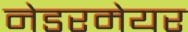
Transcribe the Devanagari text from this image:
नेडरमेयर